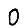
Digit: 0